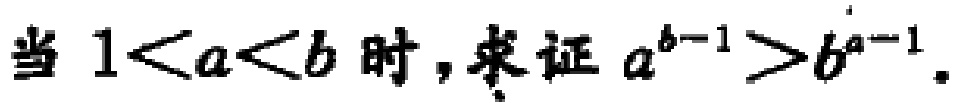
当 \(1 < a < b\) 时，求证 \(a^{b - 1} > b^{a - 1}\)。